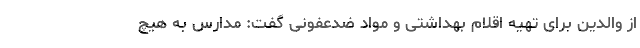
از والدین برای تهیه اقلام بهداشتی و مواد ضدعفونی گفت: مدارس به هیچ